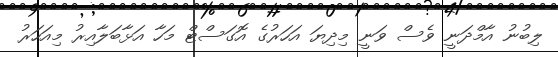
ލިބުނު އާމްދަނީ ވެސް ވަނީ މިދިޔަ އަހަރުގެ އޮގަސްޓް މަހާ އަޅާބަލާއިރު މިއަހަރު